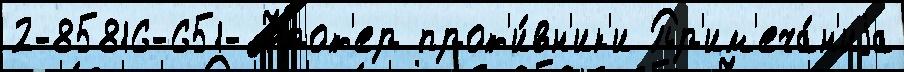
2-85816-651- Фрот'ер прот'и́вн'ик'и Пр'им'еча́н'иjа